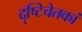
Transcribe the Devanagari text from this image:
दृष्टिचेतकां